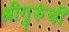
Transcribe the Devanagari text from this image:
श्रीगुरुंची